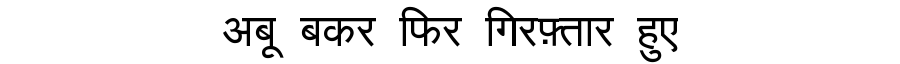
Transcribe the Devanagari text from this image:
अबू बकर फिर गिरफ़्तार हुए